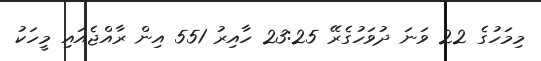
މިމަހުގެ 22 ވަނަ ދުވަހުގެރޭ 23:25 ހާއިރު 551 އިން ރާއްޖެއައި މީހަކު